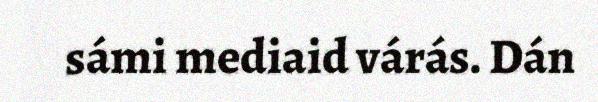
sámi mediaid várás. Dán